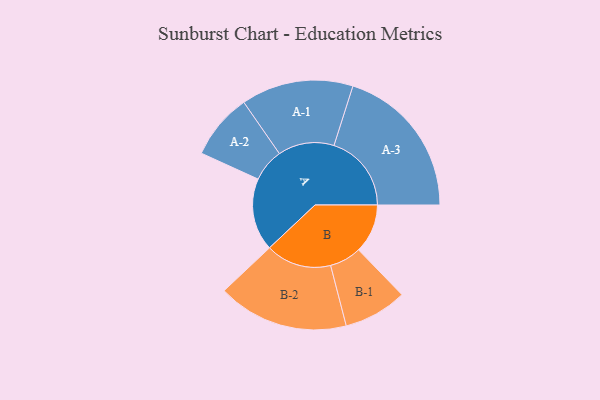
{"axis": {"x": "Segment", "y": "Value"}, "legend": ["", "A", "B"], "data": [{"x": "A", "y": 238, "type": ""}, {"x": "B", "y": 161, "type": ""}, {"x": "A-1", "y": 184, "type": "A"}, {"x": "A-2", "y": 108, "type": "A"}, {"x": "A-3", "y": 254, "type": "A"}, {"x": "B-1", "y": 104, "type": "B"}, {"x": "B-2", "y": 215, "type": "B"}]}